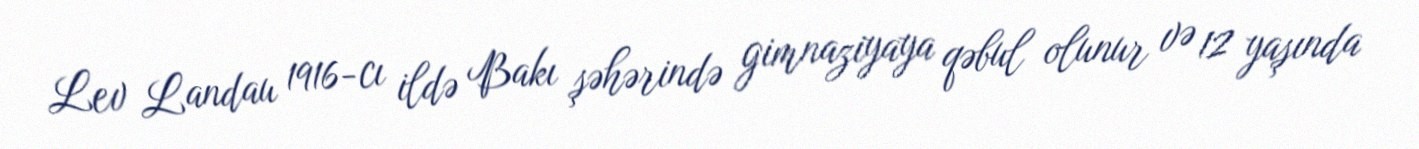
Lev Landau 1916-cı ildə Bakı şəhərində gimnaziyaya qəbul olunur və 12 yaşında